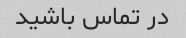
در تماس باشید